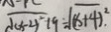
\sqrt { ( x - 2 ) ^ { 2 } + 9 } = \sqrt { ( x + 4 ) ^ { 2 } } .